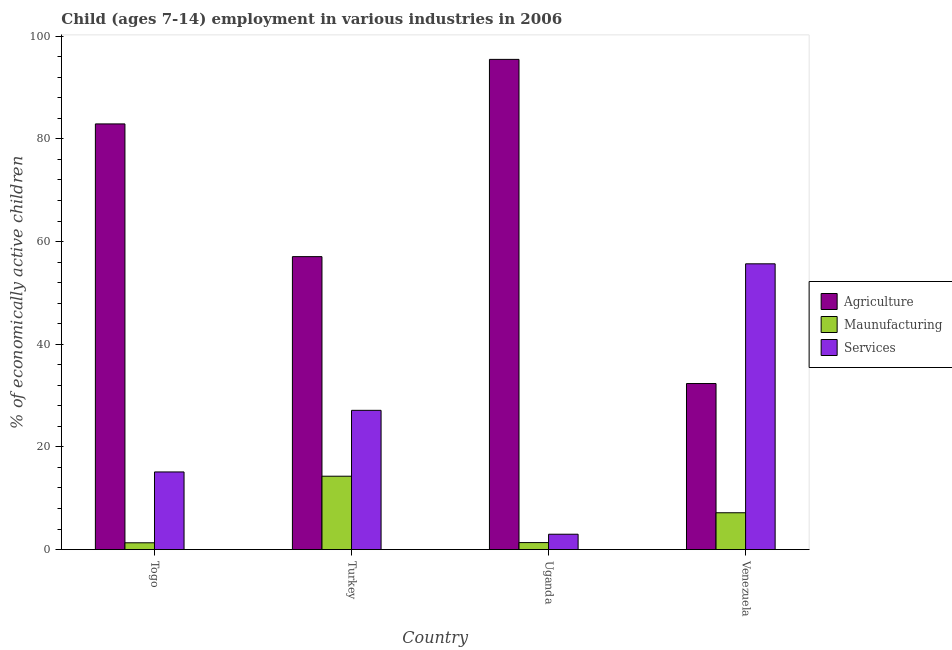
| Country | Agriculture | Maunufacturing | Services |
 | --- | --- | --- | --- |
 | Togo | 82.9 | 1.32 | 15.1 |
 | Turkey | 57.1 | 14.3 | 27.1 |
 | Uganda | 95.5 | 1.36 | 2.99 |
 | Venezuela | 32.3 | 7.17 | 55.7 |